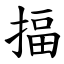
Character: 揊